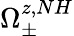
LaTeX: \Omega_{\pm}^{z,NH}